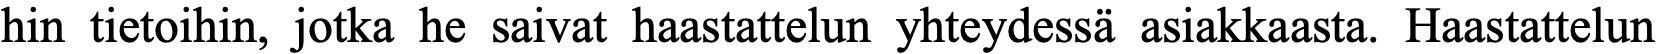
hin tietoihin, jotka he saivat haastattelun yhteydessä asiakkaasta. Haastattelun